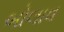
બોલાવ